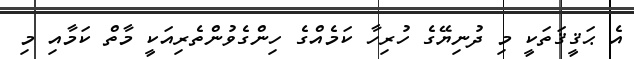
އެ ޙަޤީޤަތަކީ މި ދުނިޔޭގެ ހުރިހާ ކަމެއްގެ ހިންގެވުންތެރިއަކީ މާތް ކަމާއި މި